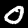
Label: 0